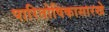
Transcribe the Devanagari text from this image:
पारितोषिकासारखे